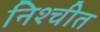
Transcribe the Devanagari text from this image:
निश्‍चीत